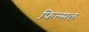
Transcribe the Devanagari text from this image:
फिल्मल